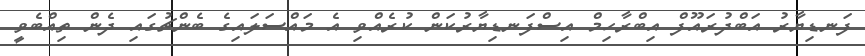
ފަނޑިޔާރު އަބްދުރައޫފް އިބްރާހިމް އިސްފަނޑިޔާރުކަން ކުރެއްވި އެ މައްސަލައިގެ ބެންޗުގައި ދެން ތިއްބެވީ